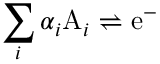
\sum _ { i } \alpha _ { i } \mathrm { A } _ { i } \rightleftharpoons \mathrm { e ^ { - } }